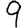
Digit: 9